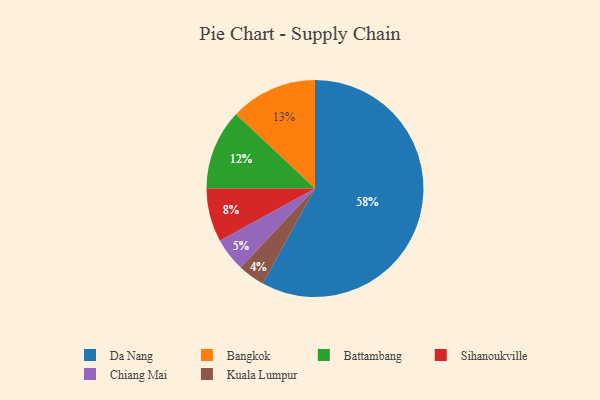
{"axis": {"x": "Category", "y": "Percentage"}, "legend": ["Bangkok", "Battambang", "Chiang Mai", "Da Nang", "Kuala Lumpur", "Sihanoukville"], "data": [{"x": "Kuala Lumpur", "y": 4, "type": "Kuala Lumpur"}, {"x": "Da Nang", "y": 58, "type": "Da Nang"}, {"x": "Sihanoukville", "y": 8, "type": "Sihanoukville"}, {"x": "Chiang Mai", "y": 5, "type": "Chiang Mai"}, {"x": "Bangkok", "y": 13, "type": "Bangkok"}, {"x": "Battambang", "y": 12, "type": "Battambang"}]}